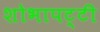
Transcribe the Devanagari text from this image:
शोभापट्टी